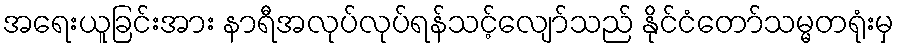
အရေးယူခြင်းအား နာရီအလုပ်လုပ်ရန်သင့်လျော်သည် နိုင်ငံတော်သမ္မတရုံးမှ